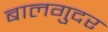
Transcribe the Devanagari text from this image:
बालगुदर